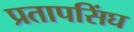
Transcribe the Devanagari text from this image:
प्रतापसिंघ